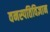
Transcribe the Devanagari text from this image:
वनस्‍पतिविज्ञान